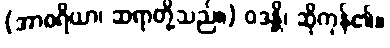
(အာစရိယာ၊ ဆရာတို့သည်။) ဝဒန္တိ၊ ဆိုကုန်၏။